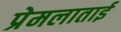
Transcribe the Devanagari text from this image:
प्रेमलाताई